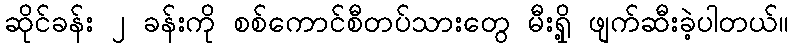
ဆိုင်ခန်း ၂ ခန်းကို စစ်ကောင်စီတပ်သားတွေ မီးရှို့ ဖျက်ဆီးခဲ့ပါတယ်။